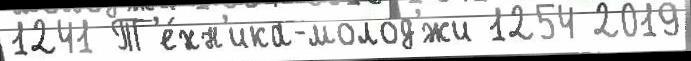
1241 Т'е́хн'ика-молод'́жи 1254 2019